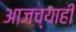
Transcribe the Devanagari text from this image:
आजच्याही